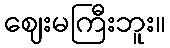
ဈေးမကြီးဘူး။